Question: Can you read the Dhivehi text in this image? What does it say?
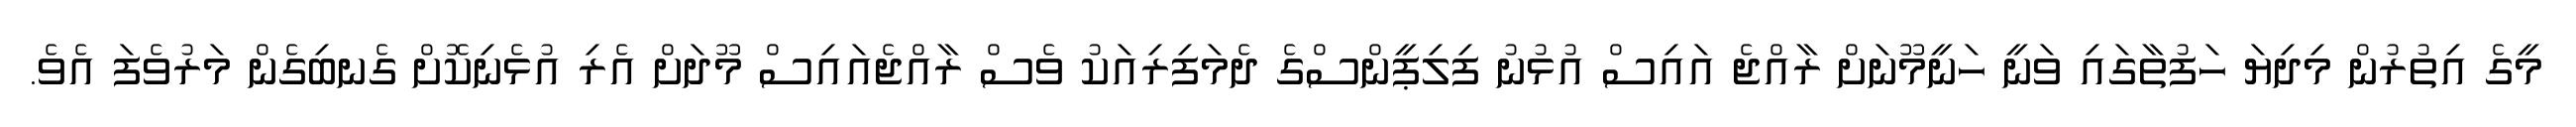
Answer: މީގެ އިތުރުން މިދިޔަ ހަފުތާގައި ވަނީ ހަނީމޫނަށް ރާއްޖެ އައިސް އުޅުނު ފިލިޕީންސްގެ ދެމަފިރިއަކު ވެސް ރާއްޖެއައިސް މޫދަށް އެރި އުޅެނިކޮށް ގެނބިގެން މަރުވެފަ އެވެ.